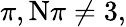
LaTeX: \pi,\mathrm{N}\pi\neq 3,